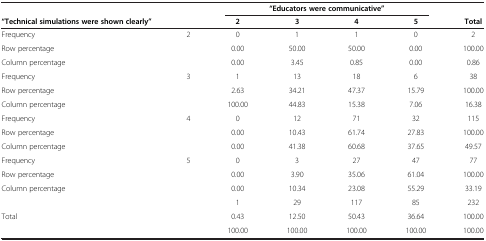
| <COLSPAN=2>  | <COLSPAN=4> “Educators were communicative” |  |
 | “Technical simulations were shown clearly” |  | 2 | 3 | 4 | 5 | Total |
 | --- | --- | --- | --- | --- | --- | --- |
 | Frequency | <ROWSPAN=3> 2 | 0 | 1 | 1 | 0 | 2 |
 | Row percentage | 0.00 | 50.00 | 50.00 | 0.00 | 100.00 |
 | Column percentage | 0.00 | 3.45 | 0.85 | 0.00 | 0.86 |
 | Frequency | <ROWSPAN=3> 3 | 1 | 13 | 18 | 6 | 38 |
 | Row percentage | 2.63 | 34.21 | 47.37 | 15.79 | 100.00 |
 | Column percentage | 100.00 | 44.83 | 15.38 | 7.06 | 16.38 |
 | Frequency | <ROWSPAN=3> 4 | 0 | 12 | 71 | 32 | 115 |
 | Row percentage | 0.00 | 10.43 | 61.74 | 27.83 | 100.00 |
 | Column percentage | 0.00 | 41.38 | 60.68 | 37.65 | 49.57 |
 | Frequency | <ROWSPAN=3> 5 | 0 | 3 | 27 | 47 | 77 |
 | Row percentage | 0.00 | 3.90 | 35.06 | 61.04 | 100.00 |
 | Column percentage | 0.00 | 10.34 | 23.08 | 55.29 | 33.19 |
 | <ROWSPAN=3-COLSPAN=2> Total | 1 | 29 | 117 | 85 | 232 |
 | 0.43 | 12.50 | 50.43 | 36.64 | 100.00 |
 | 100.00 | 100.00 | 100.00 | 100.00 | 100.00 |